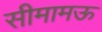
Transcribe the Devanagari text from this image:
सीमामऊ